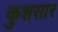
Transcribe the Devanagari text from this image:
कुशसार